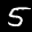
Label: 5